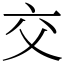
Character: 交